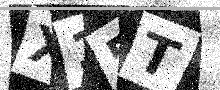
Text: X15T